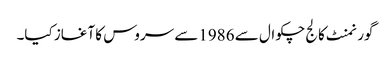
گورنمنٹ کالج چکوال سے 1986سے سروس کا آغاز کیا۔